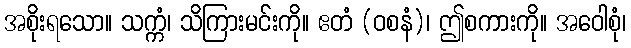
အစိုးရသော။ သက္ကံ၊ သိကြားမင်းကို။ ဧတံ (ဝစနံ)၊ ဤစကားကို။ အဝေါစုံ၊